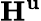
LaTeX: \textbf{H}^{\textbf{u}}